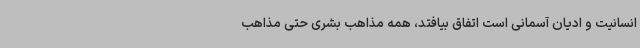
انسانیت و ادیان آسمانی است اتفاق بیافتد، همه مذاهب بشری حتی مذاهب